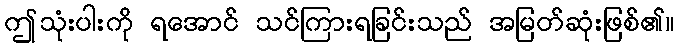
ဤသုံးပါးကို ရအောင် သင်ကြားရခြင်းသည် အမြတ်ဆုံးဖြစ်၏။